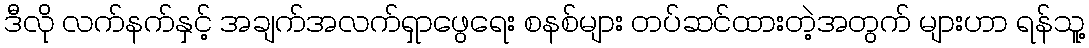
ဒီလို လက်နက်နှင့် အချက်အလက်ရှာဖွေရေး စနစ်များ တပ်ဆင်ထားတဲ့အတွက် များဟာ ရန်သူ့